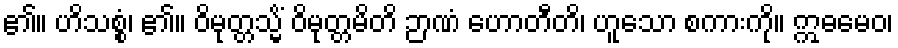
၏။ ဟိသစ္စံ၊ ၏။ ဝိမုတ္တသ္မိံ ဝိမုတ္တမိတိ ဉာဏံ ဟောတီတိ၊ ဟူသော စကားကို။ ဣဓမေဝ၊